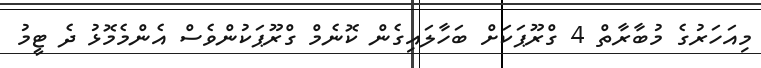
މިއަހަރުގެ މުބާރާތް 4 ގްރޫޕަކަށް ބަހާލައިގެން ކޮނެމް ގްރޫޕަކުންވެސް އެންމެމޮޅު ދެ ޓީމު